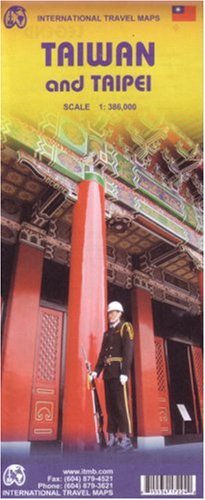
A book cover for Taiwan and Taipei 1:386,000 Travel Map (International Travel Maps); ITM Canada; Travel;